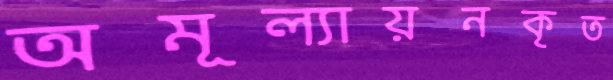
অমূল্যায়নকৃত